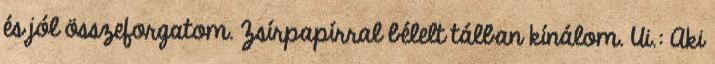
és jól összeforgatom. Zsírpapírral bélelt tálban kínálom. Ui.: Aki